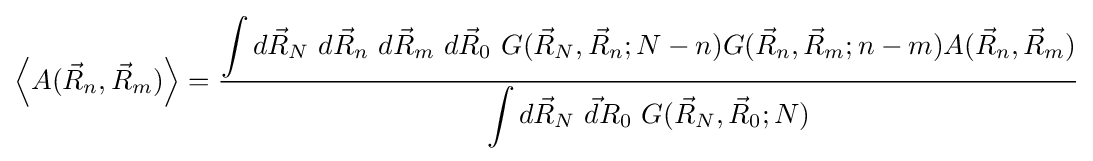
\left\langle A({\vec {R}}_{n},{\vec {R}}_{m})\right\rangle ={\frac {\displaystyle \int d{\vec {R}}_{N}~d{\vec {R}}_{n}~d{\vec {R}}_{m}~d{\vec {R}}_{0}~G({\vec {R}}_{N},{\vec {R}}_{n};N-n)G({\vec {R}}_{n},{\vec {R}}_{m};n-m)A({\vec {R}}_{n},{\vec {R}}_{m})}{\displaystyle \int d{\vec {R}}_{N}~{\vec {d}}R_{0}~G({\vec {R}}_{N},{\vec {R}}_{0};N)}}